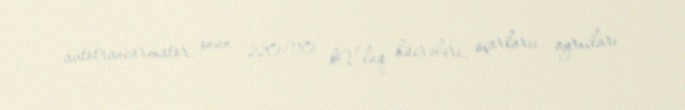
avtotransormator, onun 220/110 kV-luq hücrələri, açarlarıı, ayrıcları